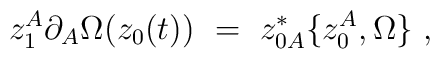
z_1^A\partial_A\Omega(z_0(t)) ~=~ z^*_{0A}\{z_0^A,\Omega\} ~,